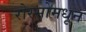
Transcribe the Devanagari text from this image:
रोस्सोमधून